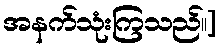
အနက်သုံးကြသည်။]